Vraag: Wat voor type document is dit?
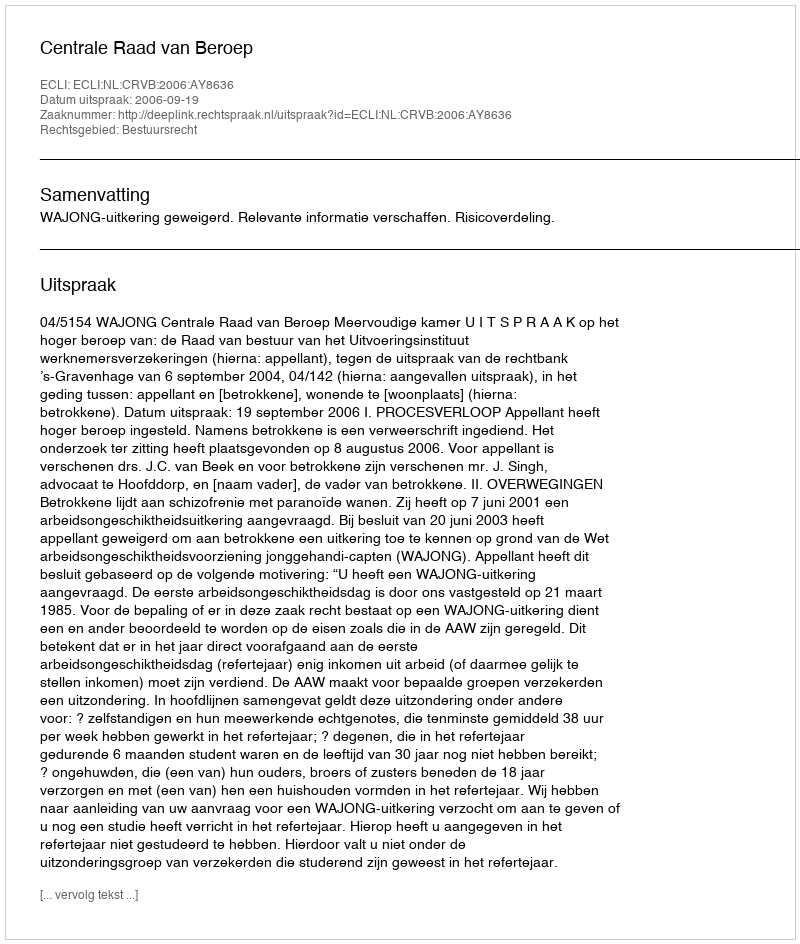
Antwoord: Uitspraak